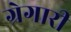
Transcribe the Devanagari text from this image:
ग्रेगारी